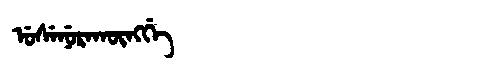
Manchu: ᡠᠰᡝᠨᡠᡵᠠᡴᡡᠩᡤᡝ
Romanization: USENURAKŪNGGE